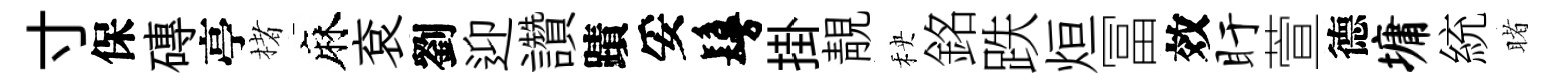
寸保磚亭楮麻袞劉迎讚蹟妥鬘掛靚秧銘跌烜冨效盱萱德墉統睹